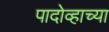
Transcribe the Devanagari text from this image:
पादोव्हाच्या